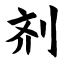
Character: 剂